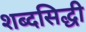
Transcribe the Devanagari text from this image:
शब्दसिद्धी